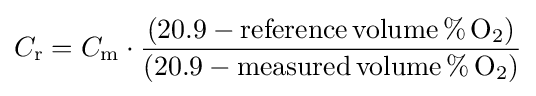
C_{\mathrm {r} }=C_{\mathrm {m} }\cdot {\frac {(20.9-\mathrm {reference\,volume\,\%\,O_{2}} )}{(20.9-\mathrm {measured\,volume\,\%\,O_{2}} )}}